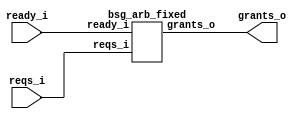
// This program was cloned from: https://github.com/chipsalliance/UHDM-integration-tests
// License: Apache License 2.0



module top
(
  ready_i,
  reqs_i,
  grants_o
);

  input [15:0] reqs_i;
  output [15:0] grants_o;
  input ready_i;

  bsg_arb_fixed
  wrapper
  (
    .reqs_i(reqs_i),
    .grants_o(grants_o),
    .ready_i(ready_i)
  );


endmodule



module bsg_scan_width_p16_or_p1_lo_to_hi_p0
(
  i,
  o
);

  input [15:0] i;
  output [15:0] o;
  wire [15:0] o;
  wire t_3__15_,t_3__14_,t_3__13_,t_3__12_,t_3__11_,t_3__10_,t_3__9_,t_3__8_,t_3__7_,
  t_3__6_,t_3__5_,t_3__4_,t_3__3_,t_3__2_,t_3__1_,t_3__0_,t_2__15_,t_2__14_,
  t_2__13_,t_2__12_,t_2__11_,t_2__10_,t_2__9_,t_2__8_,t_2__7_,t_2__6_,t_2__5_,t_2__4_,
  t_2__3_,t_2__2_,t_2__1_,t_2__0_,t_1__15_,t_1__14_,t_1__13_,t_1__12_,t_1__11_,
  t_1__10_,t_1__9_,t_1__8_,t_1__7_,t_1__6_,t_1__5_,t_1__4_,t_1__3_,t_1__2_,t_1__1_,
  t_1__0_;
  assign t_1__15_ = i[15] | 1'b0;
  assign t_1__14_ = i[14] | i[15];
  assign t_1__13_ = i[13] | i[14];
  assign t_1__12_ = i[12] | i[13];
  assign t_1__11_ = i[11] | i[12];
  assign t_1__10_ = i[10] | i[11];
  assign t_1__9_ = i[9] | i[10];
  assign t_1__8_ = i[8] | i[9];
  assign t_1__7_ = i[7] | i[8];
  assign t_1__6_ = i[6] | i[7];
  assign t_1__5_ = i[5] | i[6];
  assign t_1__4_ = i[4] | i[5];
  assign t_1__3_ = i[3] | i[4];
  assign t_1__2_ = i[2] | i[3];
  assign t_1__1_ = i[1] | i[2];
  assign t_1__0_ = i[0] | i[1];
  assign t_2__15_ = t_1__15_ | 1'b0;
  assign t_2__14_ = t_1__14_ | 1'b0;
  assign t_2__13_ = t_1__13_ | t_1__15_;
  assign t_2__12_ = t_1__12_ | t_1__14_;
  assign t_2__11_ = t_1__11_ | t_1__13_;
  assign t_2__10_ = t_1__10_ | t_1__12_;
  assign t_2__9_ = t_1__9_ | t_1__11_;
  assign t_2__8_ = t_1__8_ | t_1__10_;
  assign t_2__7_ = t_1__7_ | t_1__9_;
  assign t_2__6_ = t_1__6_ | t_1__8_;
  assign t_2__5_ = t_1__5_ | t_1__7_;
  assign t_2__4_ = t_1__4_ | t_1__6_;
  assign t_2__3_ = t_1__3_ | t_1__5_;
  assign t_2__2_ = t_1__2_ | t_1__4_;
  assign t_2__1_ = t_1__1_ | t_1__3_;
  assign t_2__0_ = t_1__0_ | t_1__2_;
  assign t_3__15_ = t_2__15_ | 1'b0;
  assign t_3__14_ = t_2__14_ | 1'b0;
  assign t_3__13_ = t_2__13_ | 1'b0;
  assign t_3__12_ = t_2__12_ | 1'b0;
  assign t_3__11_ = t_2__11_ | t_2__15_;
  assign t_3__10_ = t_2__10_ | t_2__14_;
  assign t_3__9_ = t_2__9_ | t_2__13_;
  assign t_3__8_ = t_2__8_ | t_2__12_;
  assign t_3__7_ = t_2__7_ | t_2__11_;
  assign t_3__6_ = t_2__6_ | t_2__10_;
  assign t_3__5_ = t_2__5_ | t_2__9_;
  assign t_3__4_ = t_2__4_ | t_2__8_;
  assign t_3__3_ = t_2__3_ | t_2__7_;
  assign t_3__2_ = t_2__2_ | t_2__6_;
  assign t_3__1_ = t_2__1_ | t_2__5_;
  assign t_3__0_ = t_2__0_ | t_2__4_;
  assign o[15] = t_3__15_ | 1'b0;
  assign o[14] = t_3__14_ | 1'b0;
  assign o[13] = t_3__13_ | 1'b0;
  assign o[12] = t_3__12_ | 1'b0;
  assign o[11] = t_3__11_ | 1'b0;
  assign o[10] = t_3__10_ | 1'b0;
  assign o[9] = t_3__9_ | 1'b0;
  assign o[8] = t_3__8_ | 1'b0;
  assign o[7] = t_3__7_ | t_3__15_;
  assign o[6] = t_3__6_ | t_3__14_;
  assign o[5] = t_3__5_ | t_3__13_;
  assign o[4] = t_3__4_ | t_3__12_;
  assign o[3] = t_3__3_ | t_3__11_;
  assign o[2] = t_3__2_ | t_3__10_;
  assign o[1] = t_3__1_ | t_3__9_;
  assign o[0] = t_3__0_ | t_3__8_;

endmodule



module bsg_priority_encode_one_hot_out_width_p16_lo_to_hi_p0
(
  i,
  o,
  v_o
);

  input [15:0] i;
  output [15:0] o;
  output v_o;
  wire [15:0] o;
  wire v_o,N0,N1,N2,N3,N4,N5,N6,N7,N8,N9,N10,N11,N12,N13,N14;
  wire [14:1] scan_lo;

  bsg_scan_width_p16_or_p1_lo_to_hi_p0
  \nw1.scan 
  (
    .i(i),
    .o({ o[15:15], scan_lo, v_o })
  );

  assign o[14] = scan_lo[14] & N0;
  assign N0 = ~o[15];
  assign o[13] = scan_lo[13] & N1;
  assign N1 = ~scan_lo[14];
  assign o[12] = scan_lo[12] & N2;
  assign N2 = ~scan_lo[13];
  assign o[11] = scan_lo[11] & N3;
  assign N3 = ~scan_lo[12];
  assign o[10] = scan_lo[10] & N4;
  assign N4 = ~scan_lo[11];
  assign o[9] = scan_lo[9] & N5;
  assign N5 = ~scan_lo[10];
  assign o[8] = scan_lo[8] & N6;
  assign N6 = ~scan_lo[9];
  assign o[7] = scan_lo[7] & N7;
  assign N7 = ~scan_lo[8];
  assign o[6] = scan_lo[6] & N8;
  assign N8 = ~scan_lo[7];
  assign o[5] = scan_lo[5] & N9;
  assign N9 = ~scan_lo[6];
  assign o[4] = scan_lo[4] & N10;
  assign N10 = ~scan_lo[5];
  assign o[3] = scan_lo[3] & N11;
  assign N11 = ~scan_lo[4];
  assign o[2] = scan_lo[2] & N12;
  assign N12 = ~scan_lo[3];
  assign o[1] = scan_lo[1] & N13;
  assign N13 = ~scan_lo[2];
  assign o[0] = v_o & N14;
  assign N14 = ~scan_lo[1];

endmodule



module bsg_arb_fixed
(
  ready_i,
  reqs_i,
  grants_o
);

  input [15:0] reqs_i;
  output [15:0] grants_o;
  input ready_i;
  wire [15:0] grants_o,grants_unmasked_lo;

  bsg_priority_encode_one_hot_out_width_p16_lo_to_hi_p0
  enc
  (
    .i(reqs_i),
    .o(grants_unmasked_lo)
  );

  assign grants_o[15] = grants_unmasked_lo[15] & ready_i;
  assign grants_o[14] = grants_unmasked_lo[14] & ready_i;
  assign grants_o[13] = grants_unmasked_lo[13] & ready_i;
  assign grants_o[12] = grants_unmasked_lo[12] & ready_i;
  assign grants_o[11] = grants_unmasked_lo[11] & ready_i;
  assign grants_o[10] = grants_unmasked_lo[10] & ready_i;
  assign grants_o[9] = grants_unmasked_lo[9] & ready_i;
  assign grants_o[8] = grants_unmasked_lo[8] & ready_i;
  assign grants_o[7] = grants_unmasked_lo[7] & ready_i;
  assign grants_o[6] = grants_unmasked_lo[6] & ready_i;
  assign grants_o[5] = grants_unmasked_lo[5] & ready_i;
  assign grants_o[4] = grants_unmasked_lo[4] & ready_i;
  assign grants_o[3] = grants_unmasked_lo[3] & ready_i;
  assign grants_o[2] = grants_unmasked_lo[2] & ready_i;
  assign grants_o[1] = grants_unmasked_lo[1] & ready_i;
  assign grants_o[0] = grants_unmasked_lo[0] & ready_i;

endmodule